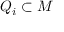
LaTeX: Q _ { i } \subset M